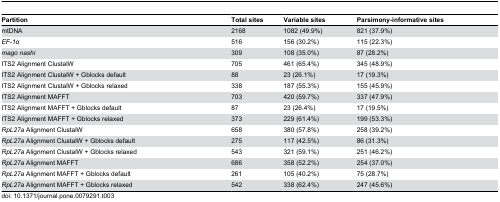
| Partition | Total sites | Variable sites | Parsimony-informative sites |
 | --- | --- | --- | --- |
 | mtDNA | 2168 | 1082 (49.9%) | 821 (37.9%) |
 | EF-1α | 516 | 156 (30.2%) | 115 (22.3%) |
 | mago nashi | 309 | 108 (35.0%) | 87 (28.2%) |
 | ITS2 Alignment ClustalW | 705 | 461 (65.4%) | 345 (48.9%) |
 | ITS2 Alignment ClustalW + Gblocks default | 88 | 23 (26.1%) | 17 (19.3%) |
 | ITS2 Alignment ClustalW + Gblocks relaxed | 338 | 187 (55.3%) | 155 (45.9%) |
 | ITS2 Alignment MAFFT | 703 | 420 (59.7%) | 337 (47.9%) |
 | ITS2 Alignment MAFFT + Gblocks default | 87 | 23 (26.4%) | 17 (19.5%) |
 | ITS2 Alignment MAFFT + Gblocks relaxed | 373 | 229 (61.4%) | 199 (53.3%) |
 | RpL27a Alignment ClustalW | 658 | 380 (57.8%) | 258 (39.2%) |
 | RpL27a Alignment ClustalW + Gblocks default | 275 | 117 (42.5%) | 86 (31.3%) |
 | RpL27a Alignment ClustalW + Gblocks relaxed | 543 | 321 (59.1%) | 251 (46.2%) |
 | RpL27a Alignment MAFFT | 686 | 358 (52.2%) | 254 (37.0%) |
 | RpL27a Alignment MAFFT + Gblocks default | 261 | 105 (40.2%) | 75 (28.7%) |
 | RpL27a Alignment MAFFT + Gblocks relaxed | 542 | 338 (62.4%) | 247 (45.6%) |